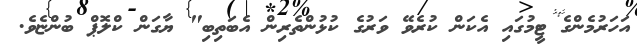
އަހަރުމެންގެ ޓީމުގައި އެކަން ކުރެވޭ ވަރުގެ ކުޅުންތެރިން އެބަތިބި" ޔާގަން ކްލޮޕް ބުންޏެވެ.